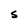
Character: S